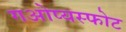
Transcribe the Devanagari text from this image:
गओप्यस्फोट